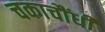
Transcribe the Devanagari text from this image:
चकाचौंधी